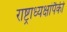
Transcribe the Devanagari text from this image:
राष्ट्राध्यक्षांपैकी